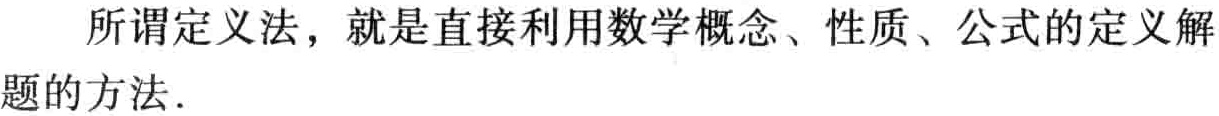
所谓定义法，就是直接利用数学概念、性质、公式的定义解题的方法．